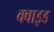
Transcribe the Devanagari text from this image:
क्वाइड